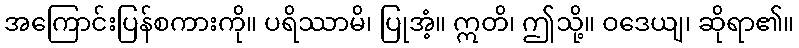
အကြောင်းပြန်စကားကို။ ပရိဿာမိ၊ ပြုအံ့။ ဣတိ၊ ဤသို့။ ဝဒေယျ၊ ဆိုရာ၏။